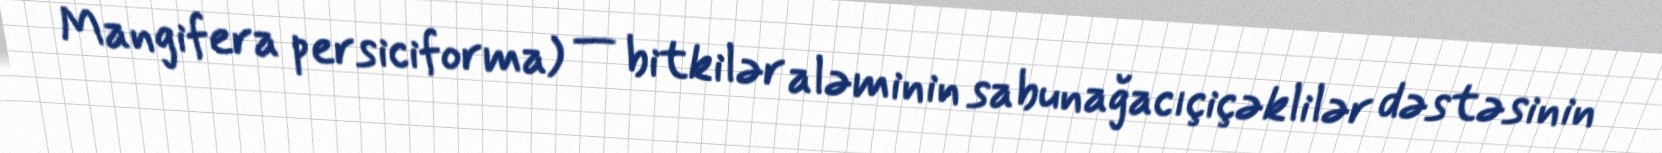
Mangifera persiciforma) — bitkilər aləminin sabunağacıçiçəklilər dəstəsinin